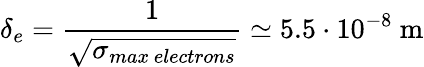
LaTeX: \delta_{e}=\frac{1}{\sqrt{\sigma_{max~electrons}}}\simeq 5.5\cdot 10^{-8}~\mathrm{m}